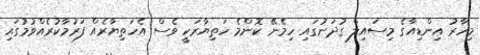
މިހާރު އިންޑިއާގެ މިސައިލް ގުދަނުގައި ހިމެނޭ ކޮންމެ ހަތިޔާރަކީ ވެސް އެހަތިޔާރެއް ފަރުމާކުރެއްވުމުގައި